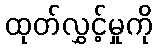
ထုတ်လွှင့်မှုကို